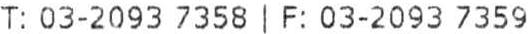
T: 03-2093 7358 | F: 03-2093 7359